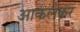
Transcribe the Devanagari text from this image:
आकलेकर